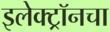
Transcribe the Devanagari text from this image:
इलेक्ट्रॉनचा